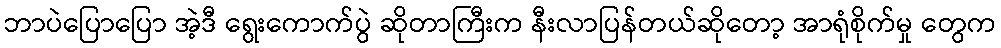
ဘာပဲပြောပြော အဲ့ဒီ ရွေးကောက်ပွဲ ဆိုတာကြီးက နီးလာပြန်တယ်ဆိုတော့ အာရုံစိုက်မှု တွေက